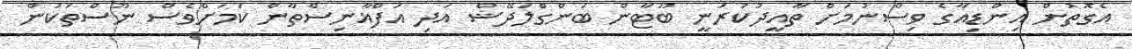
އެގޮތުން އިންޑިއާގެ ވިސްނުމަށް ތާއީދުކުރަނީ ބޫޓާން ބަންގްލަދޭޝް އަދި އަފްޣާނިސްތާން ކަމަށްވެސް ނޫސްތަކުން